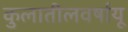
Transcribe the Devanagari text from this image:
कुलातीलवर्षायू